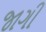
જાગી